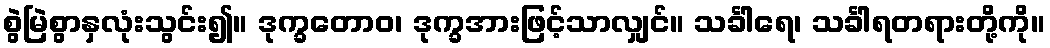
စွဲမြဲစွာနှလုံးသွင်း၍။ ဒုက္ခတောဝ၊ ဒုက္ခအားဖြင့်သာလျှင်။ သင်္ခါရေ၊ သင်္ခါရတရားတို့ကို။